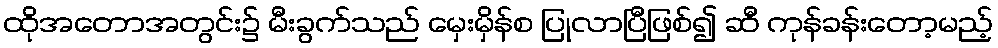
ထိုအတောအတွင်း၌ မီးခွက်သည် မှေးမှိန်စ ပြုလာပြီဖြစ်၍ ဆီ ကုန်ခန်းတော့မည့်